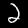
Digit: 2